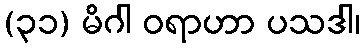
(၃၁) မိဂါ ဝရာဟာ ပသဒါ၊